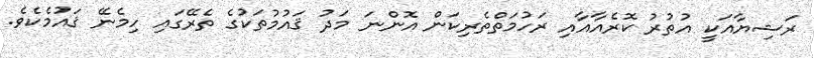
ރަޝިޔާއަކީ އުތުރު ކޮރެއާއާއި ރަހުމަތްތެރިކަން އޮންނަ މަދު ޤައުމުތަކުގެ ތެރޭގައި ހިމެނޭ ޤައުމެކެވެ.